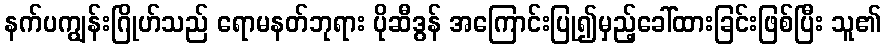
နက်ပကျွန်းဂြိုဟ်သည် ရောမနတ်ဘုရား ပိုဆီဒွန် အကြောင်းပြု၍မှည့်ခေါ်ထားခြင်းဖြစ်ပြီး သူ၏